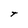
Character: T